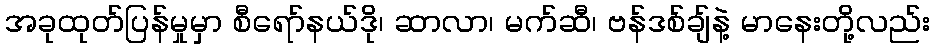
အခုထုတ်ပြန်မှုမှာ စီရော်နယ်ဒို၊ ဆာလာ၊ မက်ဆီ၊ ဗန်ဒစ်ချ်နဲ့ မာနေးတို့လည်း